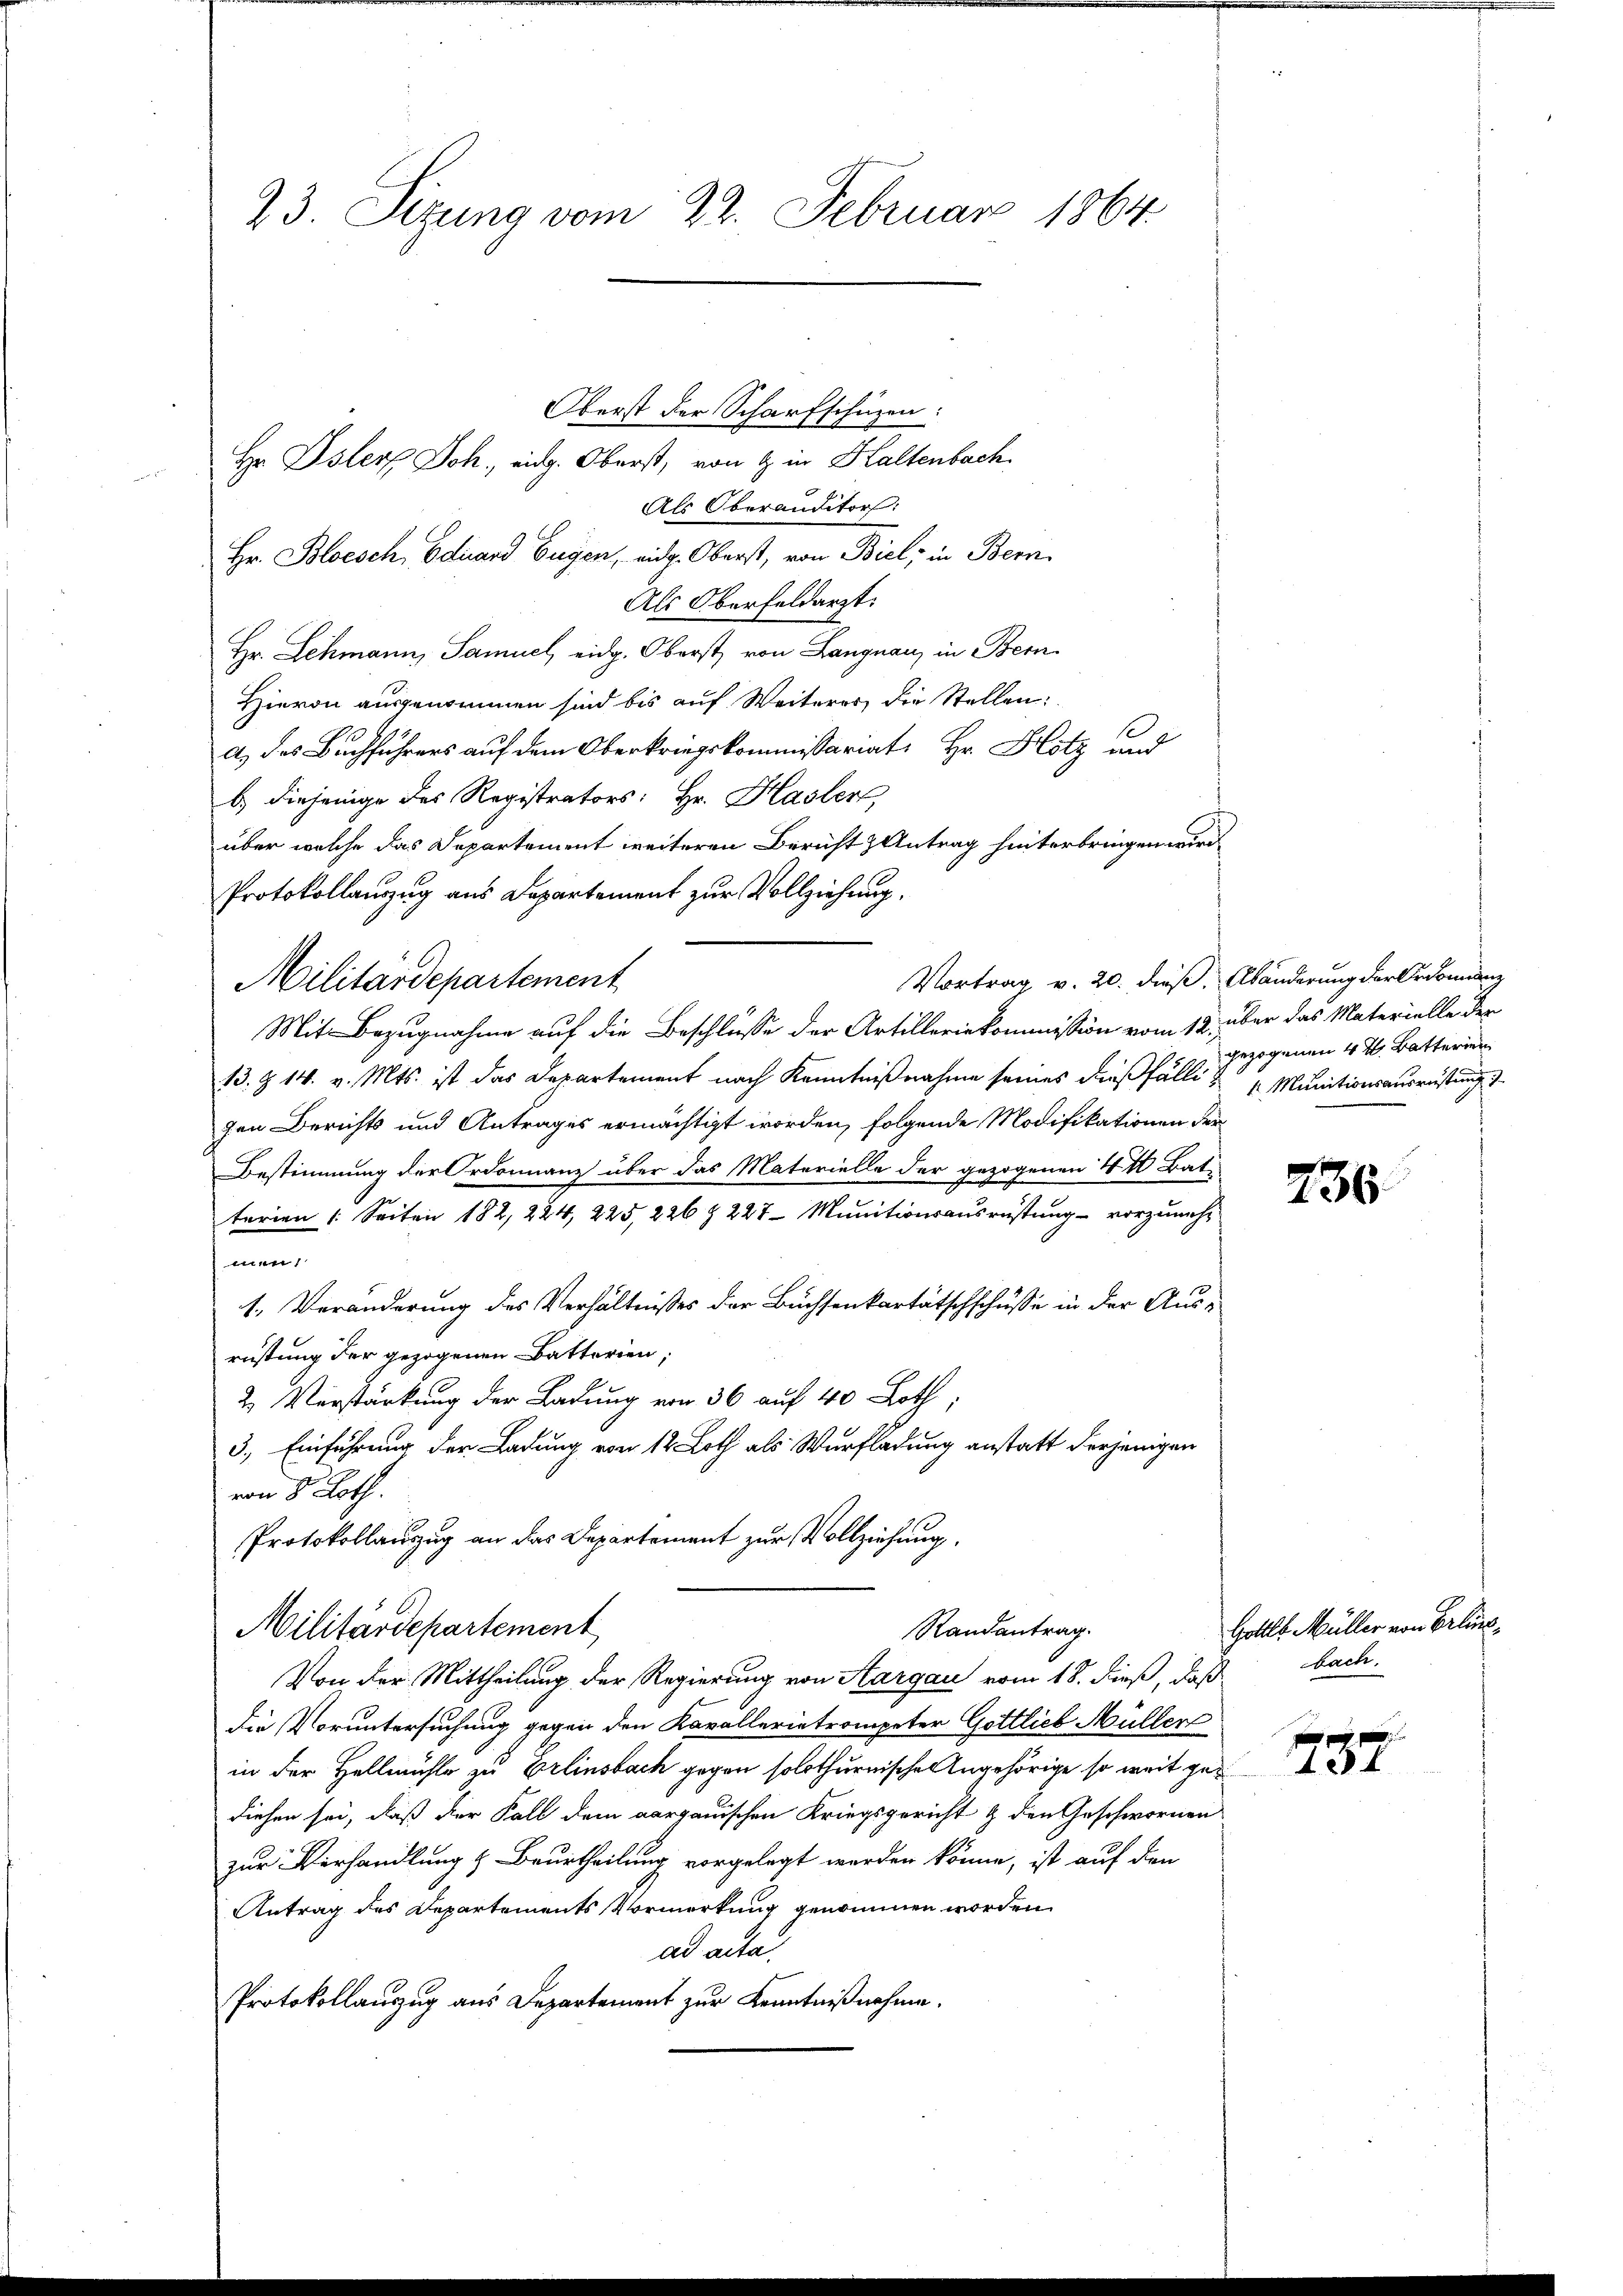
23. Sizung vom 22. Februar 1864.

Oberst der Scharfschüzen:
Hr Osters Joh. eidg. Oberst, von & in Haltenbach
Als Oberanditor:
Hr. Bloesch, Edirard Eugen, eidg. Oberst, von Biel, in Bern,
Als Oberfeldarzt.
Hr. Lehmann, Samuel, eidg. Oberst von Langnau, in Bern
Hievon ausgenommen sind bis auf Weiteres die Stellen:
A) des Buchführers auf dem Oberkriegskommissariat Hr. Hotz und
b.) diejenige des Registrators: Hr. Hasler
über welche das Departement weiteren Bericht Antrag hinterbringen wird.
Protokollauzug aus Departement zur Vollziehung.
Militärdepartement
Mit Bezugnahme auf die Beschlüsse der Artilleriekommission vom 12. über das Materielle der
13. §. 14. v. Mts. ist das Departement nach Kenntnißnahme seines dießfälli & Munitionsausrüstung
gen Berichts und Antrages ermächtigt worden, folgende Modifikationen der
Bestimmung der Ordonnanz über das Materielle der gezogenen 4 1 Bati
terien (: Seiten 182, 224, 225, 226 § 227 - Munitionsausrüstung - vorzuneh-
)
1. Veränderung des Verhältnisses der Büchsenkartätschschüsse in der Ausrüstung der gezogenen Batterien,
2. Verstärkung der Ladung von 36 auf 40 Loth,
3.) Einführung der Ladung von 12 Loth als Wurfladung anstatt derjenigen
von 8 Loth.
Protokollauzug an das Departement zur Vollziehung.
Randantrag.
Militärdepartement
Von der Mittheilung der Regierung von Aargau vom 18. dieß, daß
die Voruntersuchung gegen den Kavallerietrompeter Gottlieb Müller
in der Hellmühle zu Erlinsbach gegen solothurnischen Angehörige so weit gediesen sei, daß der Fall dem aargauischen Kriegsgericht & den Geschwornen
zur Verhandlung & Beurtheilung vorgelegt werden könne, ist auf den
Antrag des Departements Vormerkung genommen worden.
ad acta.
Protokollauszug aus Departement zur Kenntnißnahme.

Vortrag v. 20. dieß. Abänderung der Ordonnanz
gezogenen 4 ½ Batterien

236

Gollt Müller von Erlinkbach.

737